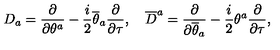
D _ { a } = \frac { \partial } { \partial \theta ^ { a } } - \frac { i } { 2 } \overline { { \theta } } _ { a } \frac { \partial } { \partial \tau } , \quad \overline { { D } } ^ { a } = \frac { \partial } { \partial \overline { { \theta } } _ { a } } - \frac { i } { 2 } \theta ^ { a } \frac { \partial } { \partial \tau } ,